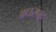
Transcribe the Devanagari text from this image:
अधरपट्ट